Civil Veterinary Department. Madras. Admin. report 1926-33 - 1926-1933
Year: 1926
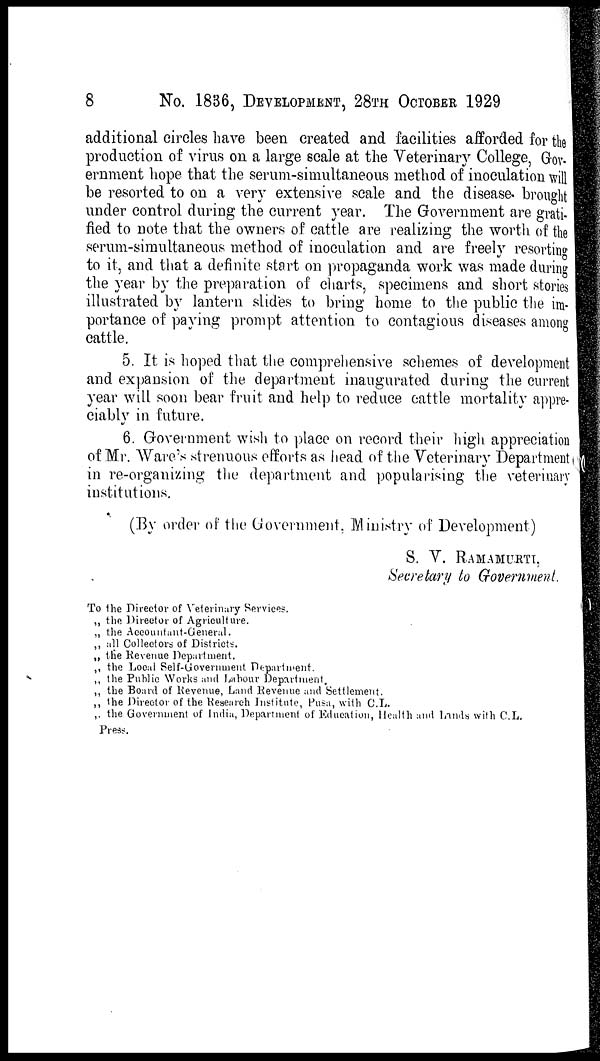
8
No. 1836, DEVELOPMENT, 28TH OCTOBER 1929
additional circles have been created and facilities afforded for the
production of virus on a large scale at the Veterinary College, Gov-
ernment hope that the serum-simultaneous method of inoculation will
be resorted to on a very extensive scale and the disease brought
under control during the current year. The Government are grati-
fied to note that the owners of cattle are realizing the worth of the
serum-simultaneous method of inoculation and are freely resorting
to it, and that a definite start on propaganda work was made during
the year by the preparation of charts, specimens and short stories
illustrated by lantern slides to bring home to the public the im-
portance of paying prompt attention to contagious diseases among
cattle.
5. It is hoped that the comprehensive schemes of development
and expansion of the department inaugurated during the current
year will soon bear fruit and help to reduce cattle mortality appre-
ciablv in future.
6. Government wish to place on record their high appreciation
of Mr. Ware's strenuous efforts as head of the Veterinary Department
in re-organizing the department and popularising the veterinary
institutions.
(By order of the Government. Ministry of Development)
S. V. RAMAMURTI,
Secretary to Government.
To the Director of Veterinary Services.
„ the Director of Agriculture.
„ the Accountant-General.
„ all Collectors of Districts.
„ the Revenue Department.
„ the Local Self-Government Department.
„ the Public Works and Labour Department.
„ the Board of Revenue, Land Revenue and Settlement.
„ the Director of the Research Institute, Pusa, with C.L.
„ the Government of India, Department of Education, Health and Lands with C.L.
Press.